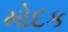
મોદક